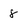
Character: 8